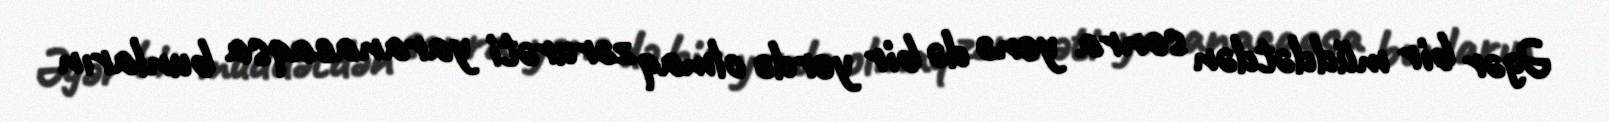
Əgər bir müddətdən sonra yenə də bir yerdə olmaq zərurəti yaranacaqsa bunların